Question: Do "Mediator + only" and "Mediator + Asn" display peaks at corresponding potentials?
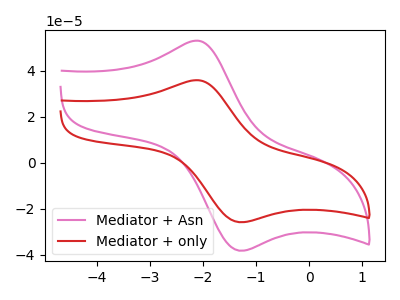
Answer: <think>The pink curve "Mediator + Asn" has an anodic peak at (-2.10V, 53.05uA) and a cathodic peak at (-1.25V, -38.30uA). The red curve "Mediator + only" has an anodic peak at (-2.10V, 35.85uA) and a cathodic peak at (-1.25V, -25.90uA).</think>
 <answer>Yes, "Mediator + only" have a peak in "Mediator + Asn" at the same potential.</answer>
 <eval>match</eval>